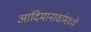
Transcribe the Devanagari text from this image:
आदिमानावांमध्ये